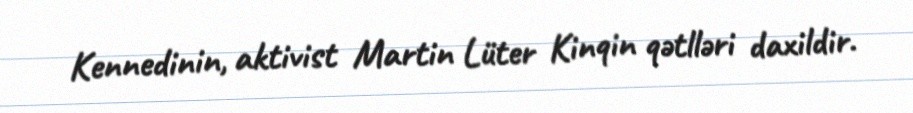
Kennedinin, aktivist Martin Lüter Kinqin qətlləri daxildir.